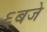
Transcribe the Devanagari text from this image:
६बजे